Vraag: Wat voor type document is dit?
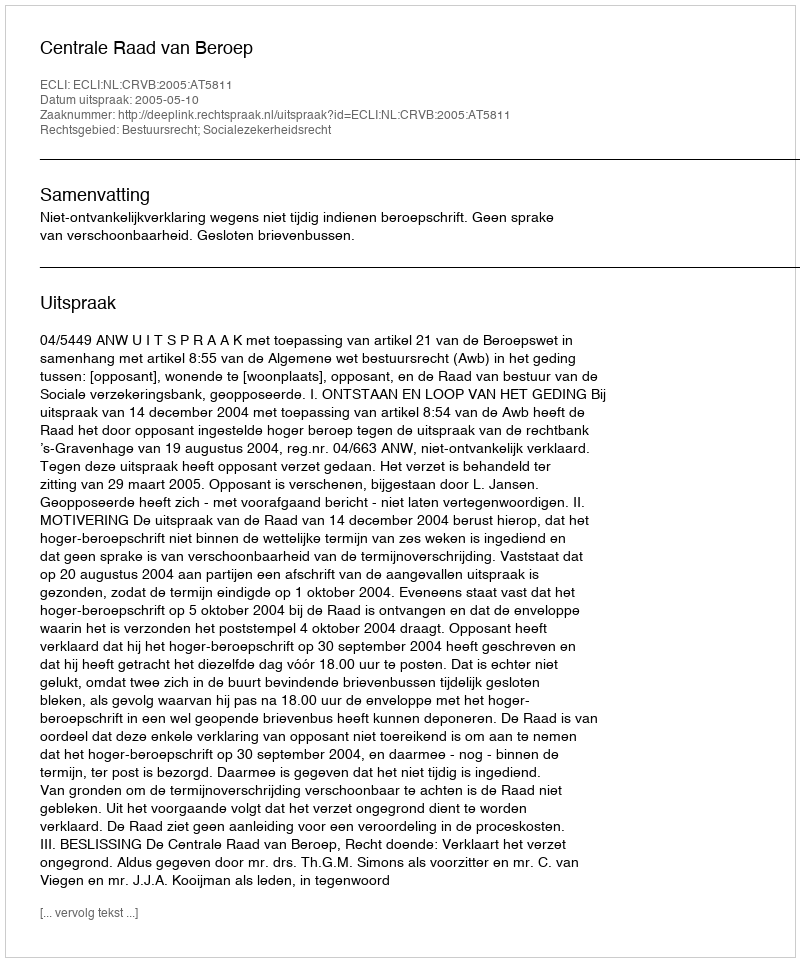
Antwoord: Uitspraak